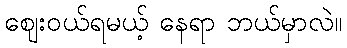
ဈေးဝယ်ရမယ့် နေရာ ဘယ်မှာလဲ။